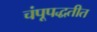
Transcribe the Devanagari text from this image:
चंपूपद्धतीत